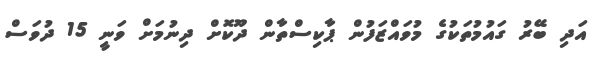
އަދި ބޭރު ގައުމުތަކުގެ މުވައްޒަފުން ޕާކިސްތާން ދޫކޮށް ދިނުމަށް ވަނީ 15 ދުވަސް